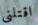
اقتلني